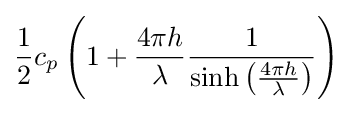
{\frac {1}{2}}c_{p}\left(1+{\frac {4\pi h}{\lambda }}{\frac {1}{\sinh \left({\frac {4\pi h}{\lambda }}\right)}}\right)